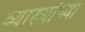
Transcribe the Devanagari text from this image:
व्याख्यांच्या